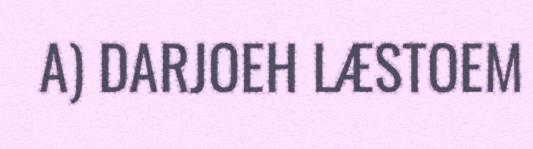
A) DARJOEH LÆSTOEM